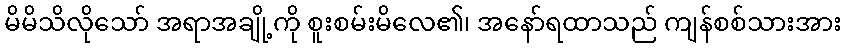
မိမိသိလိုသော် အရာအချို့ကို စူးစမ်းမိလေ၏၊ အနော်ရထာသည် ကျန်စစ်သားအား